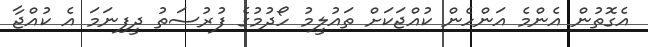
އެގޮތުން އެންމެ އަންހެން ކުއްޖަކަށް ތައުލީމު ހޯދުމުގެ ފުރުސަތު ދީފިނަމަ އެ ކުއްޖާ